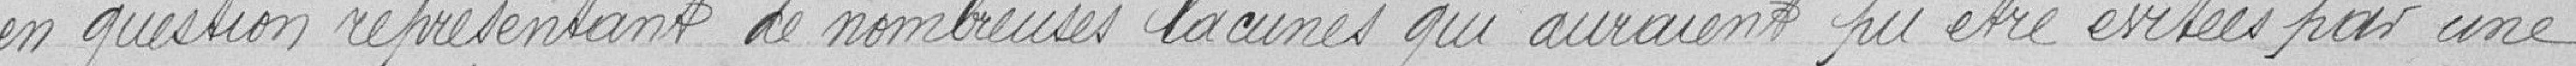
en question représentant de nombreuses lacunes qui auraient pu être évitées par une